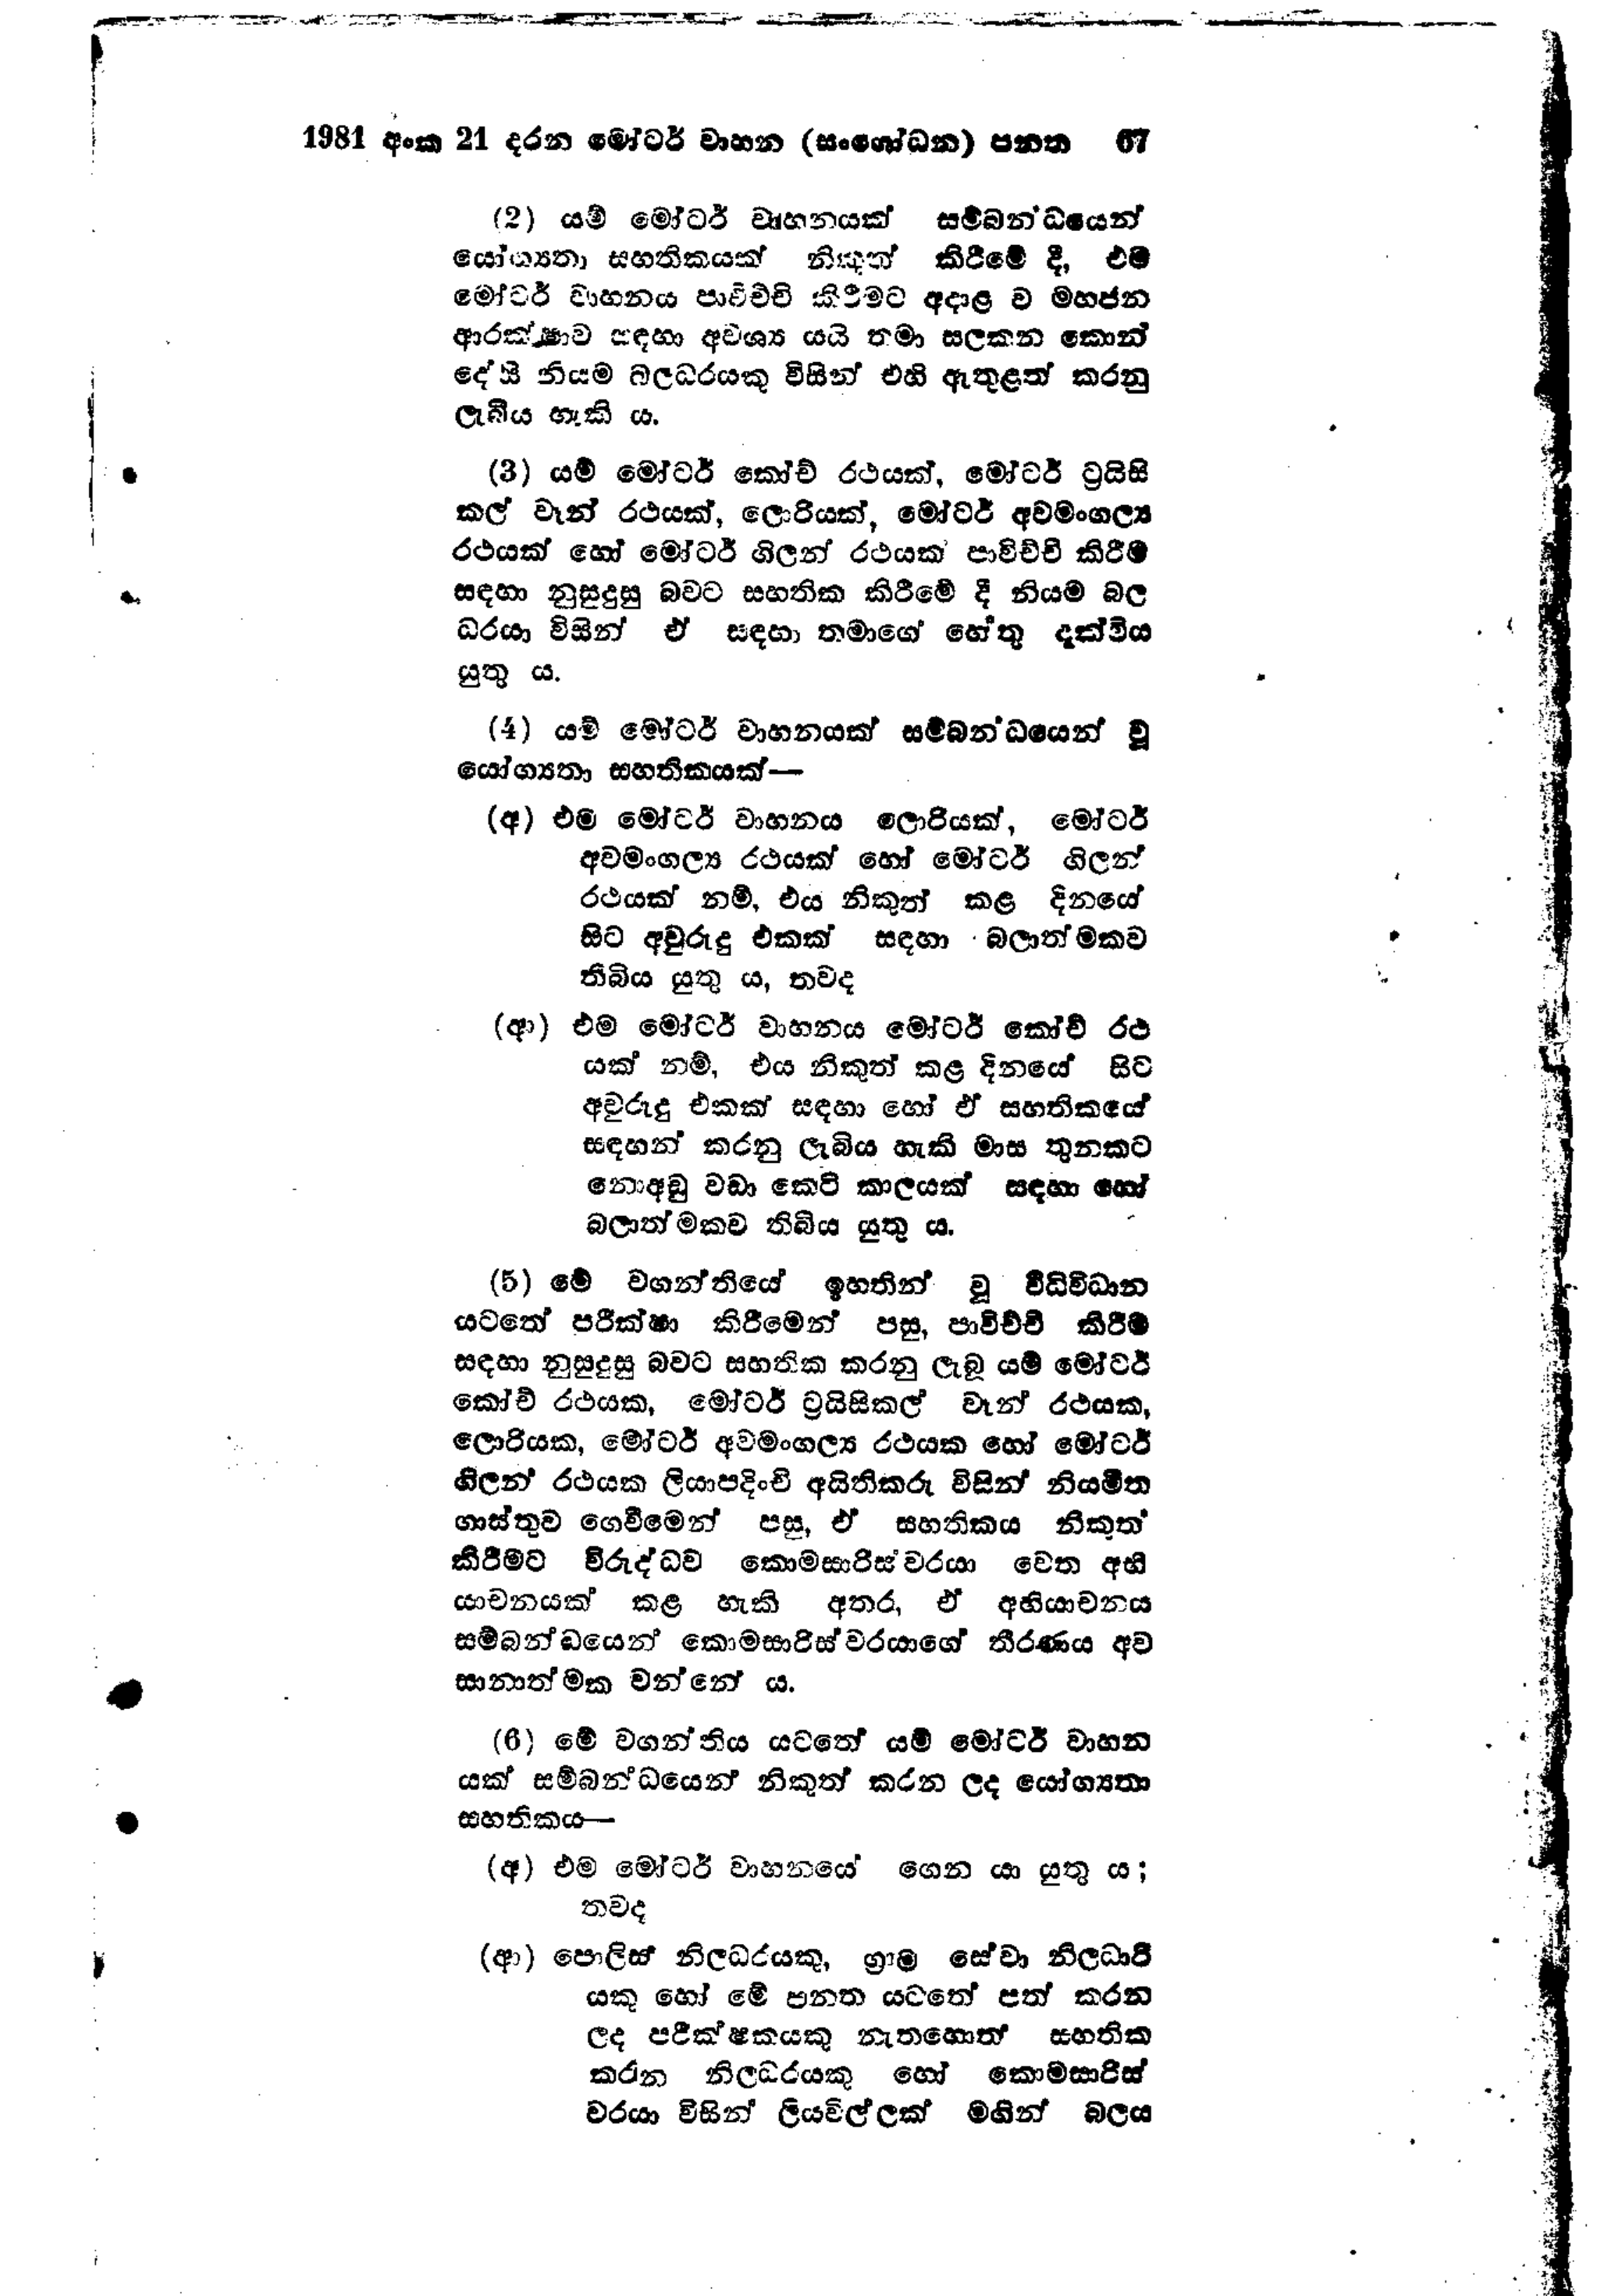
1981 අංක 21 දරන මෝටර් වාහන (සංශෝධන) පනත   67

(2) යම් මෝටර් වාහනයක් සම්බන්ධයෙන්
යෝග්‍යතා සහතිකයක් නිකුත් කිරීමේ දී, එම
මෝටර් වාහනය පාවිච්චි කිරීමට අදාළ ව මහජන
ආරක්ෂාව සඳහා අවශ්‍ය යයි තමා සලකන කොන්
දේසි නියම බලධරයකු විසින් එහි ඇතුළත් කරනු
ලැබිය හැකි ය.

(3) යම් මෝටර් කෝච් රථයක්, මෝටර් ට්‍රයිසි
කල් වෑන් රථයක්, ලොරියක්, මෝටර් අවමංගල්‍ය
රථයක් හෝ මෝටර් ගිලන් රථයක් පාවිච්චි කිරීම
සඳහා නුසුදුසු බවට සහතික කිරීමේ දී නියම බල
ධරයා විසින් ඒ සඳහා තමාගේ හේතු දක්විය
යුතු ය.

(4) යම් මෝටර් වාහනයක් සම්බන්ධයෙන් වූ
යෝග්‍යතා සහතිකයක්

(අ) එම මෝටර් වාහනය ලොරියක්,මෝටර්
අවමංගල්‍ය රථයක් හෝ මෝටර් ගිලන්
රථයක් නම්, එය නිකුත් කළ දිනයේ
සිට අවුරුදු එකක් සඳහා බලාත්මකව
තිබිය යුතු ය, තවද

(ආ) එම මෝටර් වාහනය මෝටර් කෝච් රථ
යක් නම්, එය නිකුත් කළ දිනයේ සිට
අවුරුදු එකක් සඳහා හෝ ඒ සහතිකයේ
සඳහන් කරනු ලැබිය හැකි මාස තුනකට
නොඅඩු වඩා කෙටි කාලයක් සඳහා හෝ
බලාත්මකව තිබිය යුතුය.

(5) මේ වගන්තියේ ඉහතින් වූ විධිවිධාන
යටතේ පරීක්ෂා කිරීමෙන් පසු, පාවිච්චි කිරීම
සඳහා නුසුදුසු බවට සහතික කරනු ලැබූ යම් මෝටර්
කෝච් රථයක, මෝටර් ට්‍රයිසිකල් වෑන් රථයක,
ලොරියක, මෝටර් අවමංගල්‍ය රථයක හෝ මෝටර්
ගිලන් රථයක ලියාපදිංචි අයිතිකරු විසින් නියමිත
ගාස්තුව ගෙවීමෙන් පසු, ඒ සහතිකය නිකුත්
කිරීමට විරුද්ධව කොමසාරිස්වරයා වෙත අභී
යාචනයක් කළ හැකි අතර, ඒ අභියාචනය
සම්බන්ධයෙන් කොමසාරිස් වරයාගේ තීරණය අව
සානාත්මක වන්නේ ය.

(6) මේ වගන්තිය යටතේ යම් මෝටර් වාහන
යක් සම්බන්ධයෙන් නිකුත් කරන ලද යෝග්‍යතා
සහතිකය

(අ) එම මෝටර් වාහනයේ ගෙන යා යුතුය;
තවද

(ආ) පොලිස් නිලධරයකු, ග්‍රාම සේවා නිලධාරි
යකු හෝ මේ පනත යටතේ පත් කරන
ලද පරීක්ෂකයකු නැතහොත් සහතික
කරන නිලධරයකු හෝ කොමසාරිස්
වරයා විසින් ලියවිල්ලක් මගින් බලය